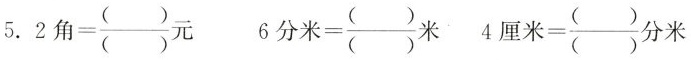
$$5.2角=\frac{()}{()}元$$ $$6分米= \frac{()}{()}米$$ $$4厘米=\frac{()}{()}分米$$